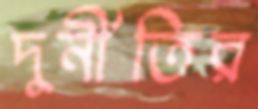
দুর্নীতির